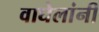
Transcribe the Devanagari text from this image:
वाघेलांनी